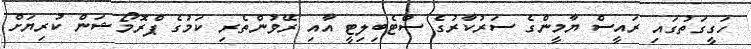
ހަގީގަތުގައި ރައީސް ޔާމީންގެ ސަރުކާރުގެ ސްޓެބިލިޓީ އާއި ރޭވުންތެރި ކަމުގެ ޕްރޮމޯޝަން ކުރިޔަށް